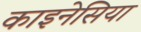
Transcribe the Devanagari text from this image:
काइनेसिया